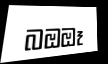
බඔඔෑ